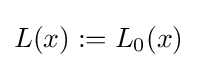
L(x):=L_{0}(x)